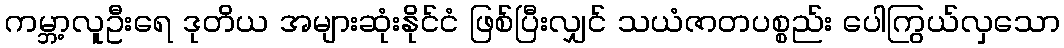
ကမ္ဘာ့လူဦးရေ ဒုတိယ အများဆုံးနိုင်ငံ ဖြစ်ပြီးလျှင် သယံဇာတပစ္စည်း ပေါကြွယ်လှသော